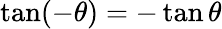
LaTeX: \tan(-\theta)=-\tan\theta